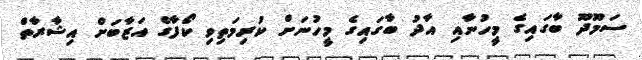
ސަމޫދޫ ބާގައިގެ މީހުނާއި އާދު ބާގައިގެ މީހުނަށް ކުރިމަތިވި ކޯފާގެ އަޒާބަށް އިޝާރާތް